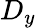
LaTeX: D_{y}